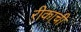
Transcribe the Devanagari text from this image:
रीकाची